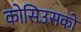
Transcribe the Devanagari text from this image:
कोसिउसको